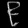
Digit: ၉